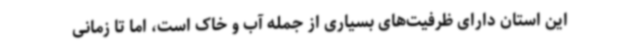
این استان دارای ظرفیت‌های بسیاری از جمله آب و خاک است، اما تا زمانی